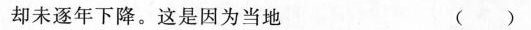
却未逐年下降。这是因为当地 ( )